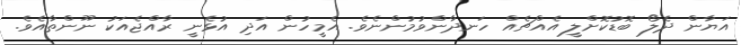
އަޔާން ދެލޯ ބޮޑުކޮށްލީ އެއްޗެއް ހަނދާންވުމުންނެވެ. އެމީހުން އަދި އުޅެނީ ރާއްޖެއަކު ނޫންތާއެވެ.